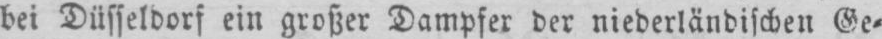
bei Düsseldorf ein großer Dampfer der niederländischen Ge⸗